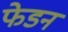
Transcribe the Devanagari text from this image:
फेडन